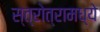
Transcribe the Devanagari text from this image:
स्त्रोत्रामध्ये